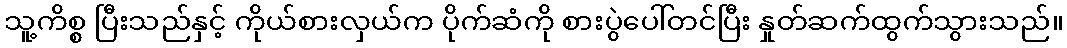
သူ့ကိစ္စ ပြီးသည်နှင့် ကိုယ်စားလှယ်က ပိုက်ဆံကို စားပွဲပေါ်တင်ပြီး နှုတ်ဆက်ထွက်သွားသည်။